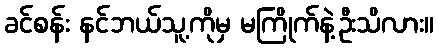
ခင်စန်း နင်ဘယ်သူ့ကိုမှ မကြိုက်နဲ့ဦးသိလား။